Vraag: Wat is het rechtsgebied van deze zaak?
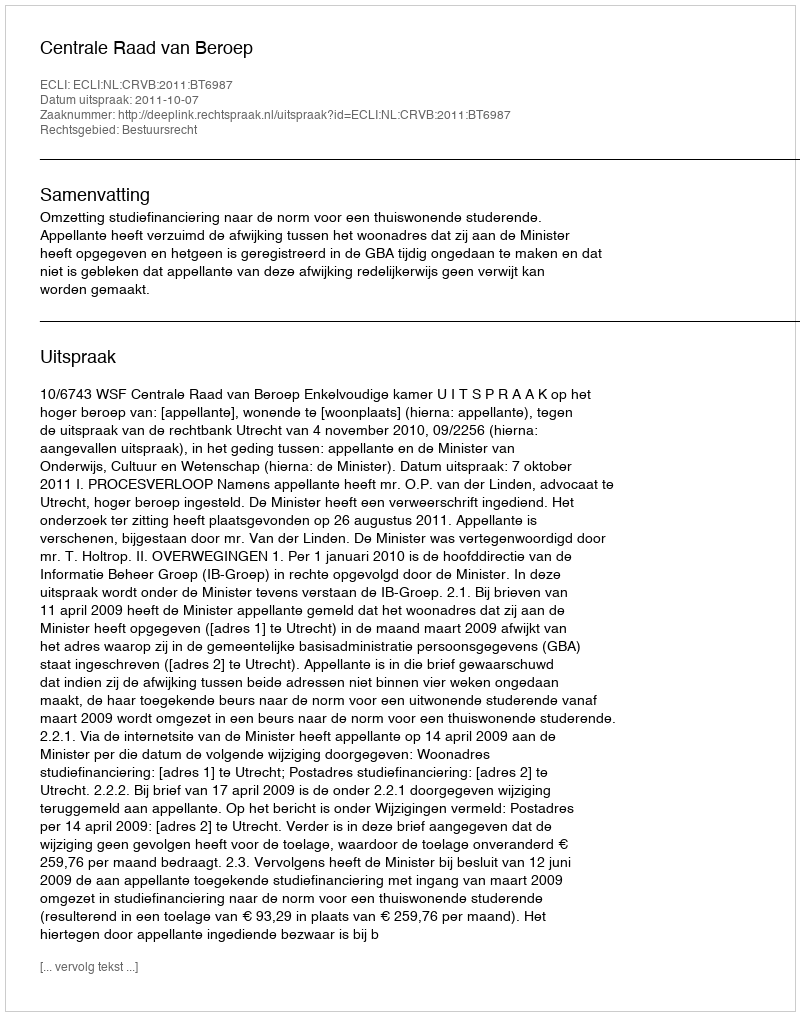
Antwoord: Bestuursrecht